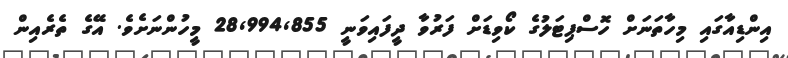
އިންޑިއާގައި މިހާތަނަށް ހޮސްޕިޓަލުގެ ކޯވިޑަށް ފަރުވާ ދީފައިވަނީ 28